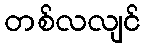
တစ်လလျင်